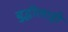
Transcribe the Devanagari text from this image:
बुद्धीलाही